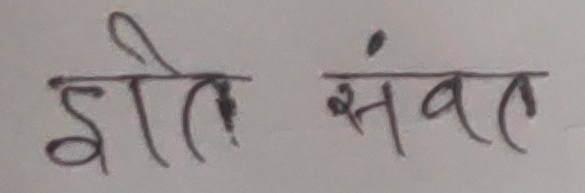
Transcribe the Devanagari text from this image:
इति संवत